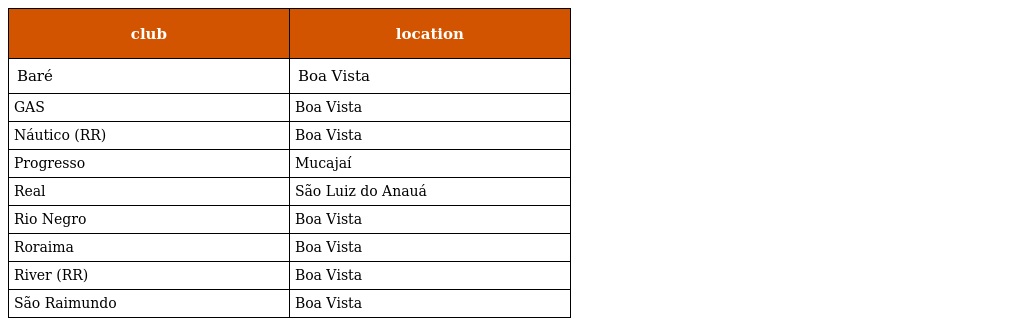
| club | location |
 | --- | --- |
 | Baré | Boa Vista |
 | GAS | Boa Vista |
 | Náutico (RR) | Boa Vista |
 | Progresso | Mucajaí |
 | Real | São Luiz do Anauá |
 | Rio Negro | Boa Vista |
 | Roraima | Boa Vista |
 | River (RR) | Boa Vista |
 | São Raimundo | Boa Vista |